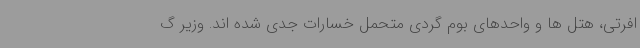
افرتی، هتل ها و واحدهای بوم گردی متحمل خسارات جدی شده اند. وزیر گ